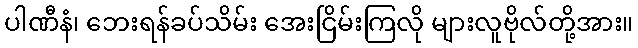
ပါဏီနံ၊ ဘေးရန်ခပ်သိမ်း အေးငြိမ်းကြလို များလူဗိုလ်တို့အား။